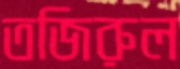
তজিরুল